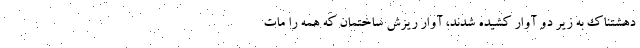
دهشتناک به زیر دو آوار کشیده شدند، آوار ریزش ساختمان که همه را مات